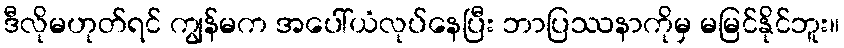
ဒီလိုမဟုတ်ရင် ကျွန်မက အပေါ်ယံလုပ်နေပြီး ဘာပြဿနာကိုမှ မမြင်နိုင်ဘူး။